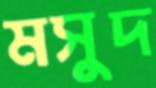
মসুদ